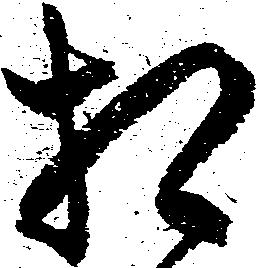
相